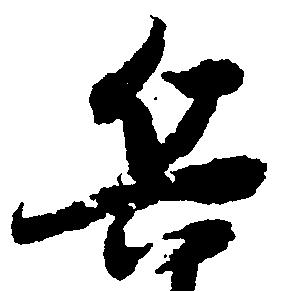
兵